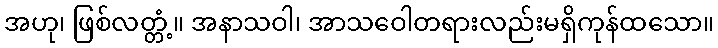
အဟု၊ ဖြစ်လတ္တံ့။ အနာသဝါ၊ အာသဝေါတရားလည်းမရှိကုန်ထသော။